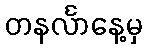
တနင်္လာနေ့မှ